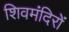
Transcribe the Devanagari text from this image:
शिवमंदिरों